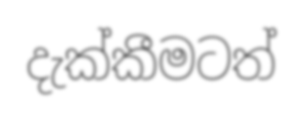
දැක්කීමටත්